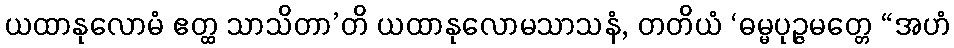
ယထာနုလောမံ ဧတ္ထ သာသိတာ’တိ ယထာနုလောမသာသနံ, တတိယံ ‘ဓမ္မပုဉ္ဇမတ္တေ “အဟံ